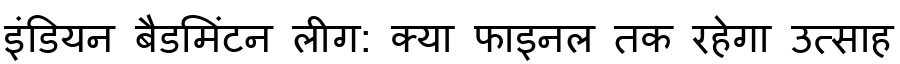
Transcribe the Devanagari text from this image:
इंडियन बैडमिंटन लीग: क्या फाइनल तक रहेगा उत्साह